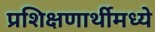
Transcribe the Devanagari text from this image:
प्रशिक्षणार्थीमध्ये